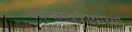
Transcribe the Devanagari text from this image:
आप्तस्वकीयांच्या